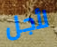
لأجل